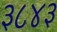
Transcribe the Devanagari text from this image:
३८४३